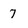
Character: 7